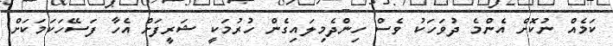
ކަމެއް ނުކޮށް އެންމެ ދުވަހަކު ވެސް ހިންދެމިލައިގެން ހުރުމަކީ ޝަރީފަށް އެހާ ފަސޭހަކަމަކަށް